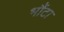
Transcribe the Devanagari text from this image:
भौंटा